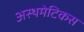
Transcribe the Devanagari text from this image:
अस्थमेटिकस